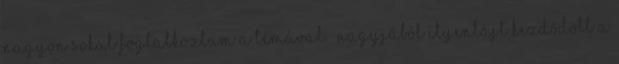
nagyon sokat foglalkoztam a témával.” Nagyjából ilyentájt kezdődött a